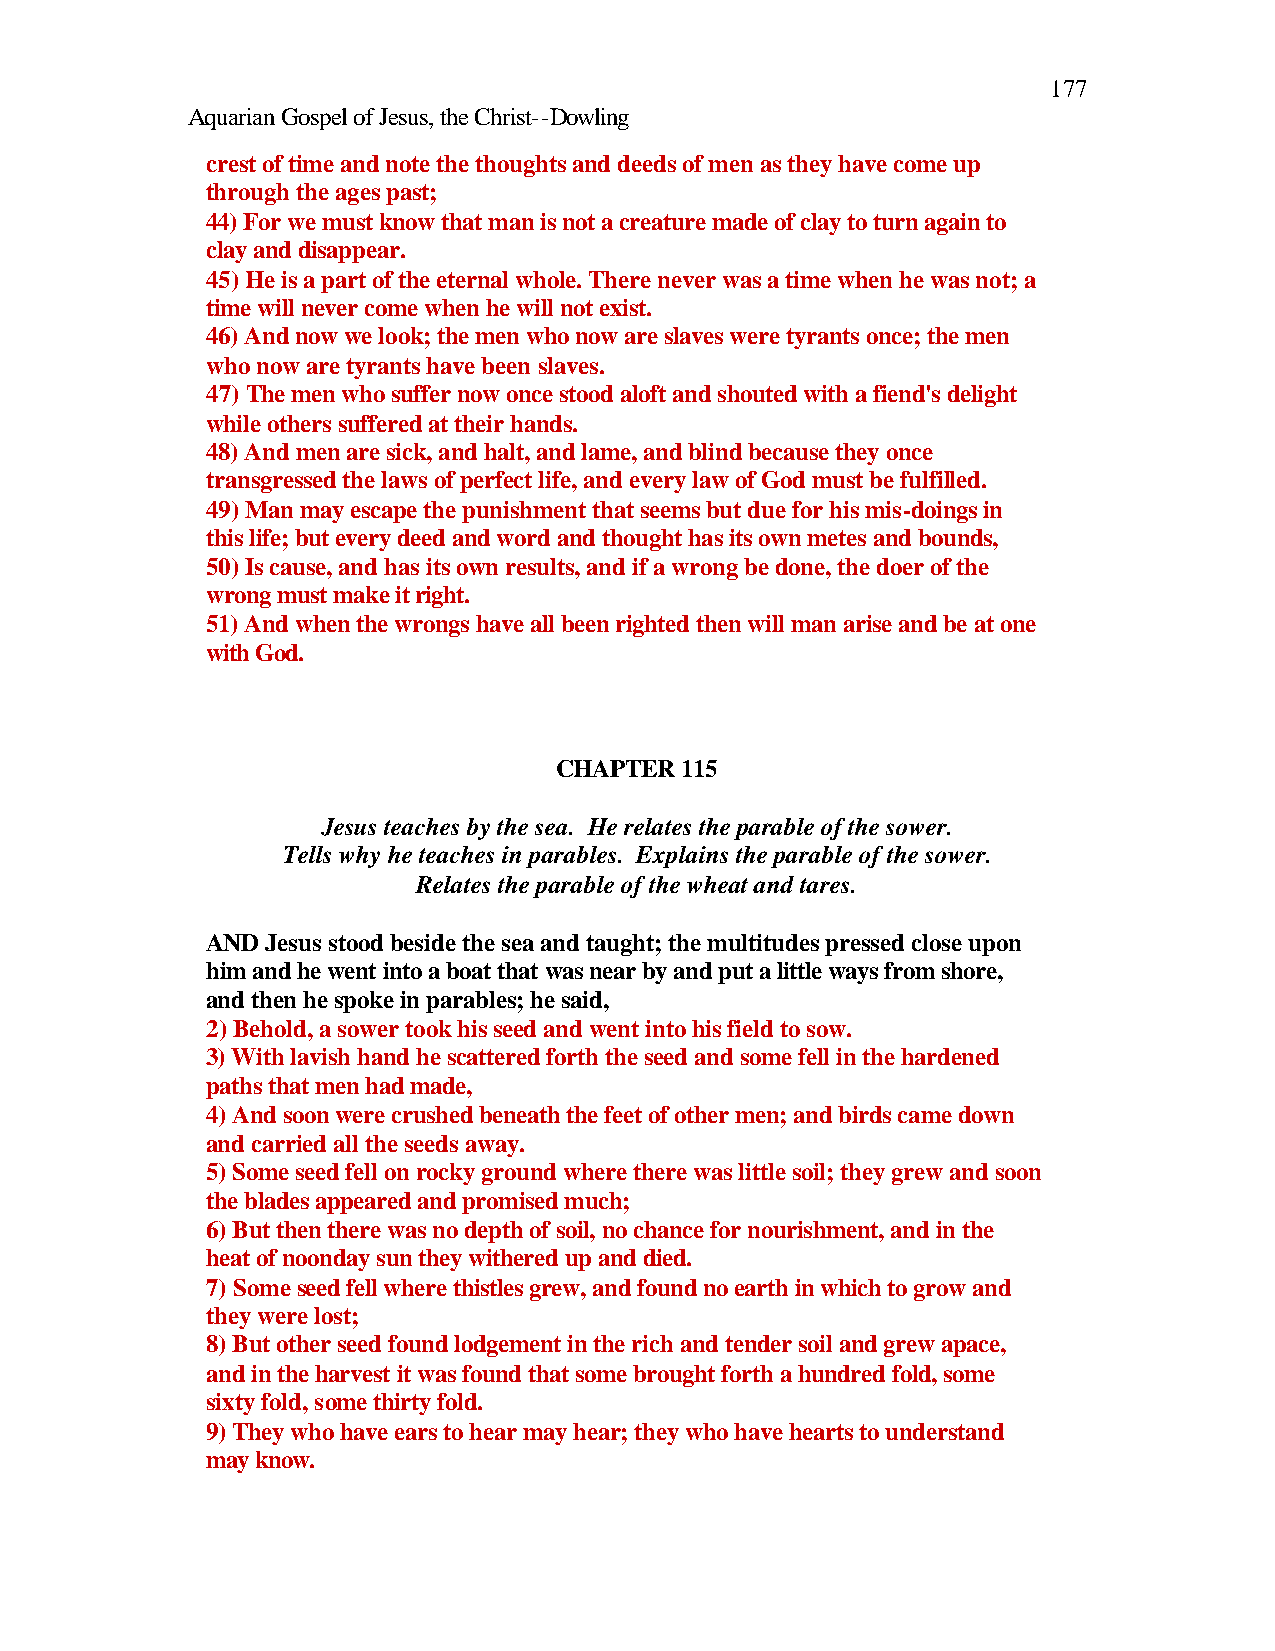
177
 Aquarian Gospel of Jesus, the Christ--Dowling
 crest of time and note the thoughts and deeds of men as they have come up
 through the ages past;
 44) For we must know that man is not a creature made of clay to turn again to
 clay and disappear.
 45) He is a part of the eternal whole. There never was a time when he was not; a
 time will never come when he will not exist.
 46) And now we look; the men who now are slaves were tyrants once; the men
 who now are tyrants have been slaves.
 47) The men who suffer now once stood aloft and shouted with a fiend's delight
 while others suffered at their hands.
 48) And men are sick, and halt, and lame, and blind because they once
 transgressed the laws of perfect life, and every law of God must be fulfilled.
 49) Man may escape the punishment that seems but due for his mis-doings in
 this life; but every deed and word and thought has its own metes and bounds,
 50) Is cause, and has its own results, and if a wrong be done, the doer of the
 wrong must make it right.
 51) And when the wrongs have all been righted then will man arise and be at one
 with God.
 CHAPTER 115
 Jesus teaches by the sea. He relates the parable of the sower.
 Tells why he teaches in parables. Explains the parable of the sower.
 Relates the parable of the wheat and tares.
 AND Jesus stood beside the sea and taught; the multitudes pressed close upon
 him and he went into a boat that was near by and put a little ways from shore,
 and then he spoke in parables; he said,
 2) Behold, a sower took his seed and went into his field to sow.
 3) With lavish hand he scattered forth the seed and some fell in the hardened
 paths that men had made,
 4) And soon were crushed beneath the feet of other men; and birds came down
 and carried all the seeds away.
 5) Some seed fell on rocky ground where there was little soil; they grew and soon
 the blades appeared and promised much;
 6) But then there was no depth of soil, no chance for nourishment, and in the
 heat of noonday sun they withered up and died.
 7) Some seed fell where thistles grew, and found no earth in which to grow and
 they were lost;
 8) But other seed found lodgement in the rich and tender soil and grew apace,
 and in the harvest it was found that some brought forth a hundred fold, some
 sixty fold, some thirty fold.
 9) They who have ears to hear may hear; they who have hearts to understand
 may know.